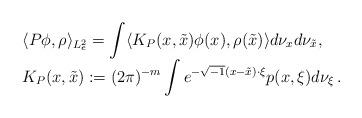
LaTeX: \begin{align*}\begin{array}{l}\displaystyle\langle P\phi,\rho\rangle_{{L_e^2}}=\int\langle K_P(x,\tilde x)\phi(x),\rho(\tilde x)\rangle d\nu_xd\nu_{\tilde x},\\\displaystyle K_P(x,\tilde x):=(2\pi)^{-m}\int e^{-\sqrt{-1}(x-\tilde x)\cdot\xi}p(x,\xi)d\nu_\xi\,.\end{array}\end{align*}